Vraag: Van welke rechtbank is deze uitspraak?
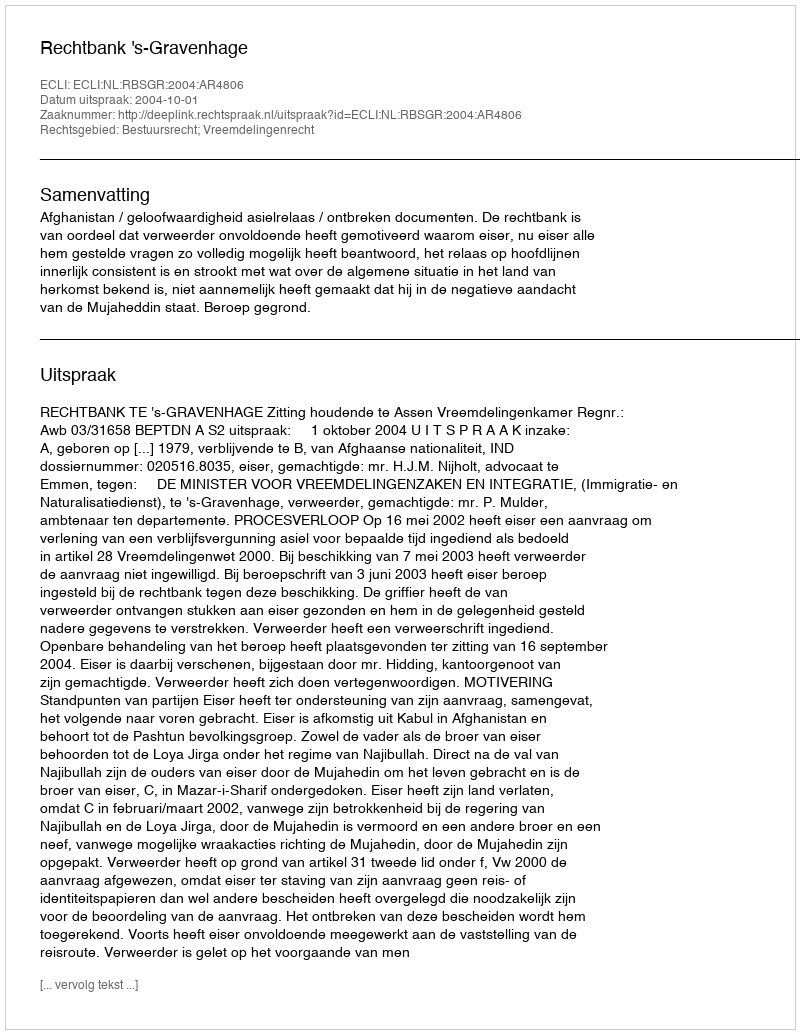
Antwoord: Rechtbank 's-Gravenhage